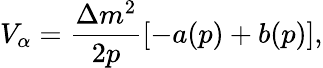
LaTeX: V_{\alpha}=\frac{\Delta m^{2}}{2p}[-a(p)+b(p)],